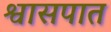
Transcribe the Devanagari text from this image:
श्वासपात